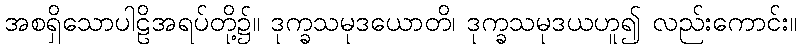
အစရှိသောပါဠိအရပ်တို့၌။ ဒုက္ခသမုဒယောတိ၊ ဒုက္ခသမုဒယဟူ၍ လည်းကောင်း။